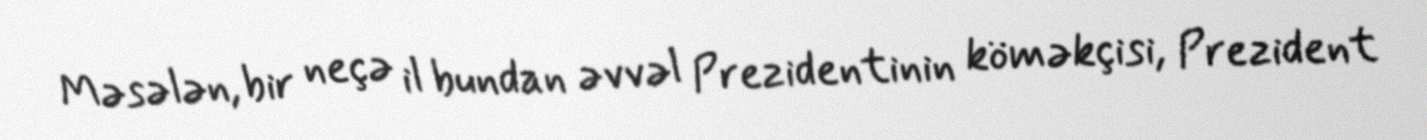
Məsələn, bir neçə il bundan əvvəl Prezidentinin köməkçisi, Prezident